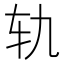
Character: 轨